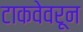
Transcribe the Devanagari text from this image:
टाकवेवरून